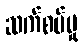
ဆက်စပ်မှု